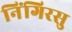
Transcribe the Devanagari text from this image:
निंगिरसु